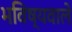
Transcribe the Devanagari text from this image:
भविष्यवाले